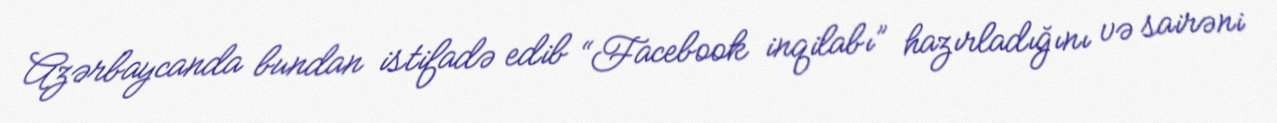
Azərbaycanda bundan istifadə edib “Facebook inqilabı” hazırladığını və sairəni